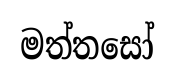
මත්තසෝ